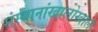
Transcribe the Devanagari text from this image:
संस्थानांखालोखाल